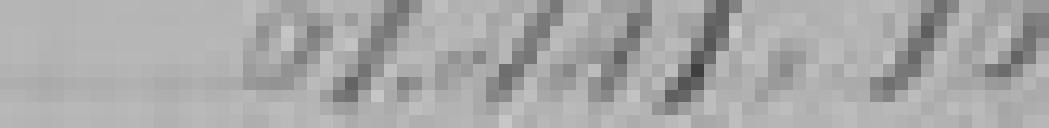
61.441,15